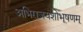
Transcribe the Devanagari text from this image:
अभिराजयशोभूषणम्